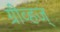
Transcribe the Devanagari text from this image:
ग्रीव्हज्